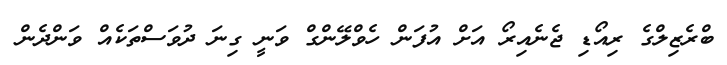
ބްރެޒިލްގެ ރިއޯޑި ޖެނެއިރޯ އަށް އުފަން ހެވްލޭންގް ވަނީ ގިނަ ދުވަސްތަކެއް ވަންދެން